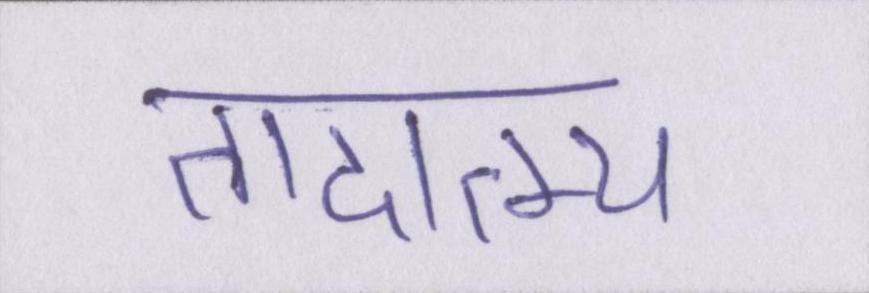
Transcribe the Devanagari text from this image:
तादात्म्य